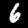
Digit: 6